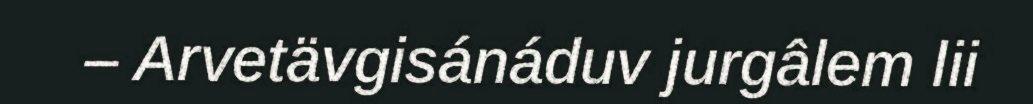
– Arvetävgisánáduv jurgâlem lii